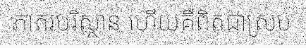
ភាតរបរិស្ថាន ហើយគឺពិតជាស្រប